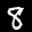
Label: 8